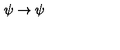
\psi \rightarrow \psi